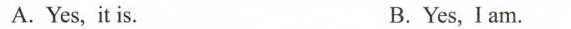
A.Yes，it is。 B.Yes，I am。